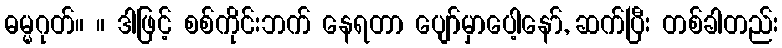
ဓမ္မဂုတ်။ ။ ဒါဖြင့် စစ်ကိုင်းဘက် နေရတာ ပျော်မှာပေါ့နော်, ဆက်ပြီး တစ်ခါတည်း